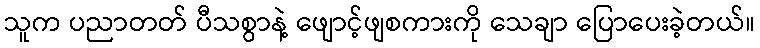
သူက ပညာတတ် ပီသစွာနဲ့ ဖျောင့်ဖျစကားကို သေချာ ပြောပေးခဲ့တယ်။